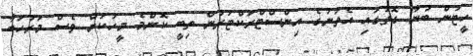
ހީޓުން ބުނާ ގޮތުގައި އެތަނުގެ އިންސްޓްރަކްޓަރުން ތިބީ ކޮންމެ މީހަކަށް ވެސް މަރުހަބާ